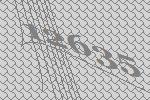
12635